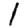
Digit: 1